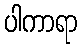
ပါကာရာ